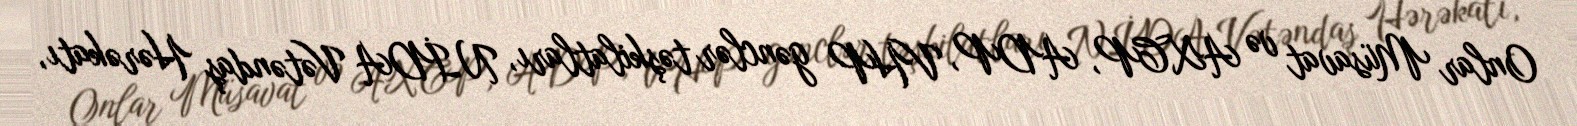
Onlar Müsavat və AXCP, ADP, VHP gənclər təşkilatları, NİDA Vətəndaş Hərəkatı,